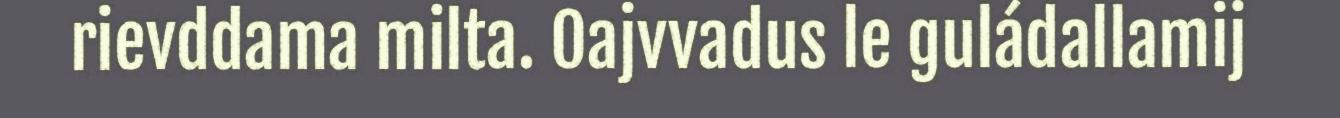
rievddama milta. Oajvvadus le guládallamij